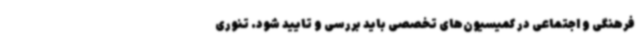
فرهنگی و اجتماعی در کمیسیون‌های تخصصی باید بررسی و تایید شود. تنوری